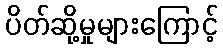
ပိတ်ဆို့မှုများကြောင့်